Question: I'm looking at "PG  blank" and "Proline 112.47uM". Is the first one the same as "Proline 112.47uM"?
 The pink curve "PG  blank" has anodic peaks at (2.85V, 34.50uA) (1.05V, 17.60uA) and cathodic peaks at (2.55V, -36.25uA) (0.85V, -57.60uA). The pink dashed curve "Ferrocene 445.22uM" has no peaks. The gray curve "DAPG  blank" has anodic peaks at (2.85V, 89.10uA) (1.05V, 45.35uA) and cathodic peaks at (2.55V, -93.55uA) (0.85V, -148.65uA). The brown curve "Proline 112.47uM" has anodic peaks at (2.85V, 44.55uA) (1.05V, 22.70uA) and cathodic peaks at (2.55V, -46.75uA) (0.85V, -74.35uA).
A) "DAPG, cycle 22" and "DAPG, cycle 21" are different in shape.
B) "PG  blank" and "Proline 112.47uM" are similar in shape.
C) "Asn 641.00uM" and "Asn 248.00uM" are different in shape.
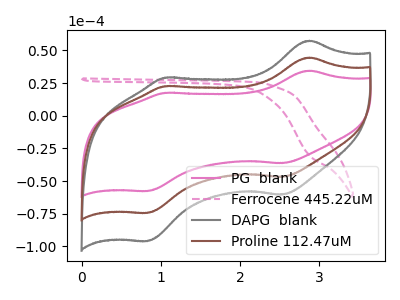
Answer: <think>All the peaks in "PG  blank" have a peak in "Proline 112.47uM" at the same potential. Every peak in "PG  blank" is lower than every peak in "Proline 112.47uM".
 </think>
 <answer>B) "PG  blank" and "Proline 112.47uM" are similar in shape.</answer>
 <eval>B</eval>